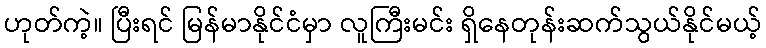
ဟုတ်ကဲ့။ ပြီးရင် မြန်မာနိုင်ငံမှာ လူကြီးမင်း ရှိနေတုန်းဆက်သွယ်နိုင်မယ့်